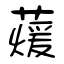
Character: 蕿